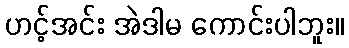
ဟင့်အင်း အဲဒါမ ကောင်းပါဘူး။